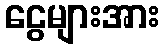
ငွေများအား